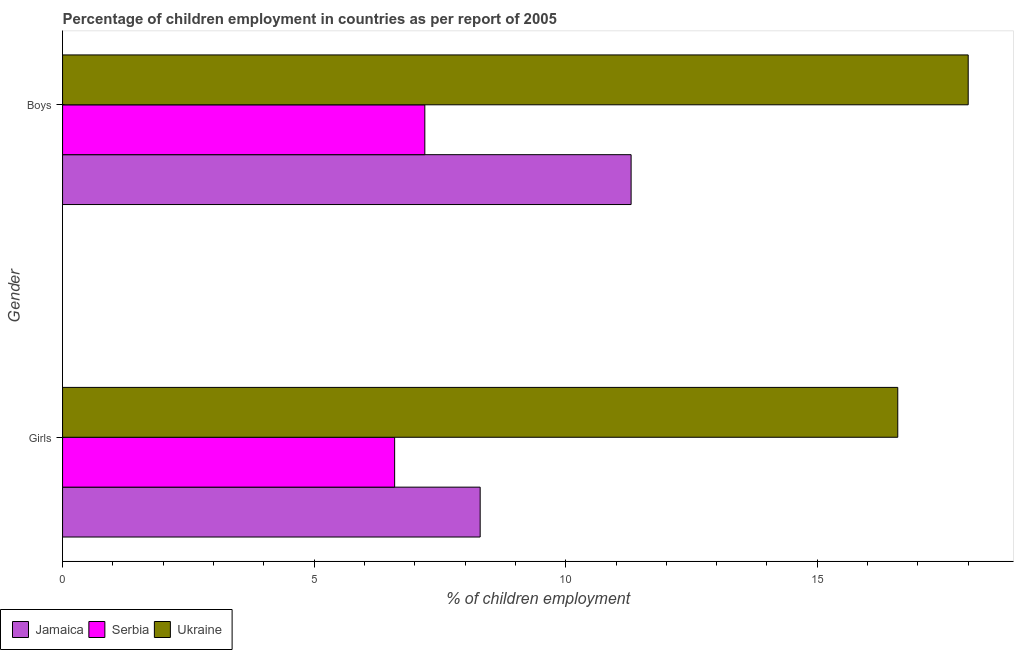
| Gender | Jamaica | Serbia | Ukraine |
 | --- | --- | --- | --- |
 | Girls | 8.3 | 6.6 | 16.6 |
 | Boys | 11.3 | 7.2 | 18 |